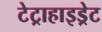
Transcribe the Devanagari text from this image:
टेट्राहाइड्रेट